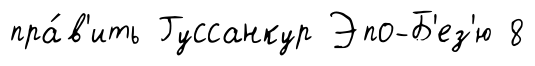
пра́в'ить Гуссанкур Эпо-Б'ез'ю 8